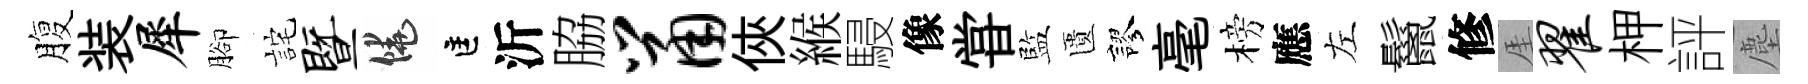
腹装犀腳詫暨饒匡沂脇鼠俠緱駸像甞監匱謬毫榜應左鬣修厓翟柙評塵